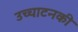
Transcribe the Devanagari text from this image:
उच्चाटनकी